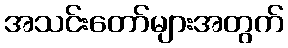
အသင်းတော်များအတွက်